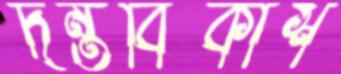
দন্তবিকাশ